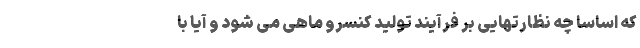
که اساسا چه نظارتهایی بر فرآیند تولید کنسرو ماهی می شود و آیا با